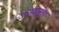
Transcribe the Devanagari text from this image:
उत्सवानंतर